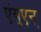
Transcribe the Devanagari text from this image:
एंयुएन्